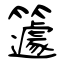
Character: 籧